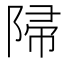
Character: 𨺜